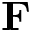
\bf { F }